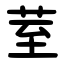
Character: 荎